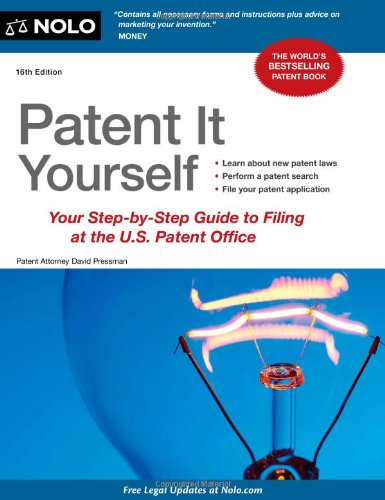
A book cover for Patent It Yourself: Your Step-by-Step Guide to Filing at the U.S. Patent Office; David Pressman; Law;